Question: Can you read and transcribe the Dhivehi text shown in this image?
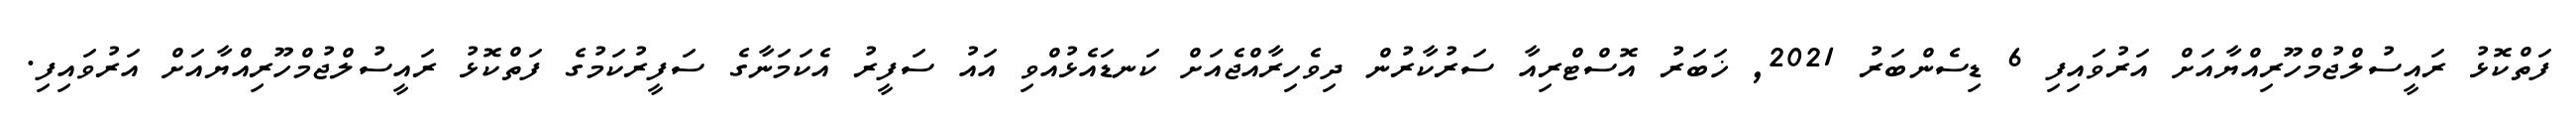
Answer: ފަތްކޮޅު ރައީސުލްޖުމްހޫރިއްޔާއަށް އަރުވައިފި 6 ޑިސެންބަރު 2021, ޚަބަރު އޮސްޓްރިއާ ސަރުކާރުން ދިވެހިރާއްޖެއަށް ކަނޑައެޅުއްވި އައު ސަފީރު އެކަމަނާގެ ސަފީރުކަމުގެ ފަތްކޮޅު ރައީސުލްޖުމްހޫރިއްޔާއަށް އަރުވައިފި.